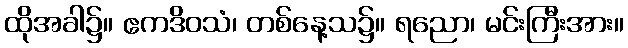
ထိုအခါ၌။ ဧကဒိဝသံ၊ တစ်နေ့သ၌။ ရညော၊ မင်းကြီးအား။